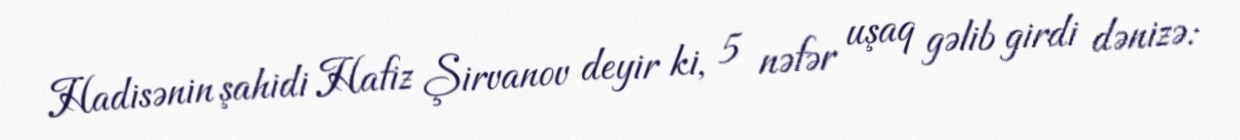
Hadisənin şahidi Hafiz Şirvanov deyir ki, 5 nəfər uşaq gəlib girdi dənizə: